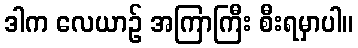
ဒါက လေယာဉ် အကြာကြီး စီးရမှာပါ။